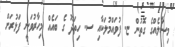
މިސާލެއްގެ ގޮތުން ޏ. ފުވައްމުލަކާއި ސ. ހިތަދޫ ގެ ބައެއް މިހާރުވަނީ ފަޅުރަށް